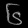
Digit: ၆